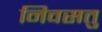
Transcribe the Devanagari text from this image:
निवसतु